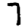
Digit: 7